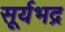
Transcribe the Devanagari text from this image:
सूर्यभद्र